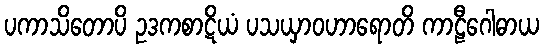
ပကာသိတောပိ ဥဒကစာဋိယံ ပသယှာဝဟာရောတိ ကာဠီဂေါဓာယ